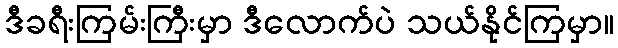
ဒီခရီးကြမ်းကြီးမှာ ဒီလောက်ပဲ သယ်နိုင်ကြမှာ။